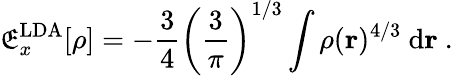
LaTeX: \mathfrak{E}_{x}^{\mathrm{{LDA}}}[\rho]=-{\frac{{3}}{{4}}}\left({\frac{{3}}{{\pi}}}\right)^{1/3}\int\rho(\mathbf{{r}})^{4/3}\ \mathrm{{d}}\mathbf{{r}}\ .